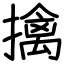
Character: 擒